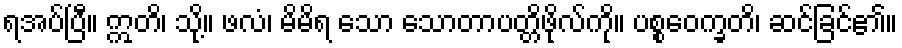
ရအပ်ပြီ။ ဣတိ၊ သို့။ ဖလံ၊ မိမိရ သော သောတာပတ္တိဖိုလ်ကို။ ပစ္စဝေက္ခတိ၊ ဆင်ခြင်၏။